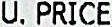
U.PRICE